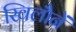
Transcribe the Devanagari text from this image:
खिलौनें